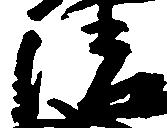
清